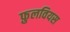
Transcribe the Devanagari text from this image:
फ़ुलवियस